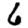
Digit: 6